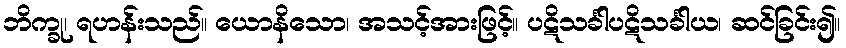
ဘိက္ခု၊ ရဟန်းသည်။ ယောနိသော၊ အသင့်အားဖြင့်။ ပဋိသင်္ခါပဋိသင်္ခါယ၊ ဆင်ခြင်း၍။